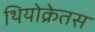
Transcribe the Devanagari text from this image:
थियोक्रेतस